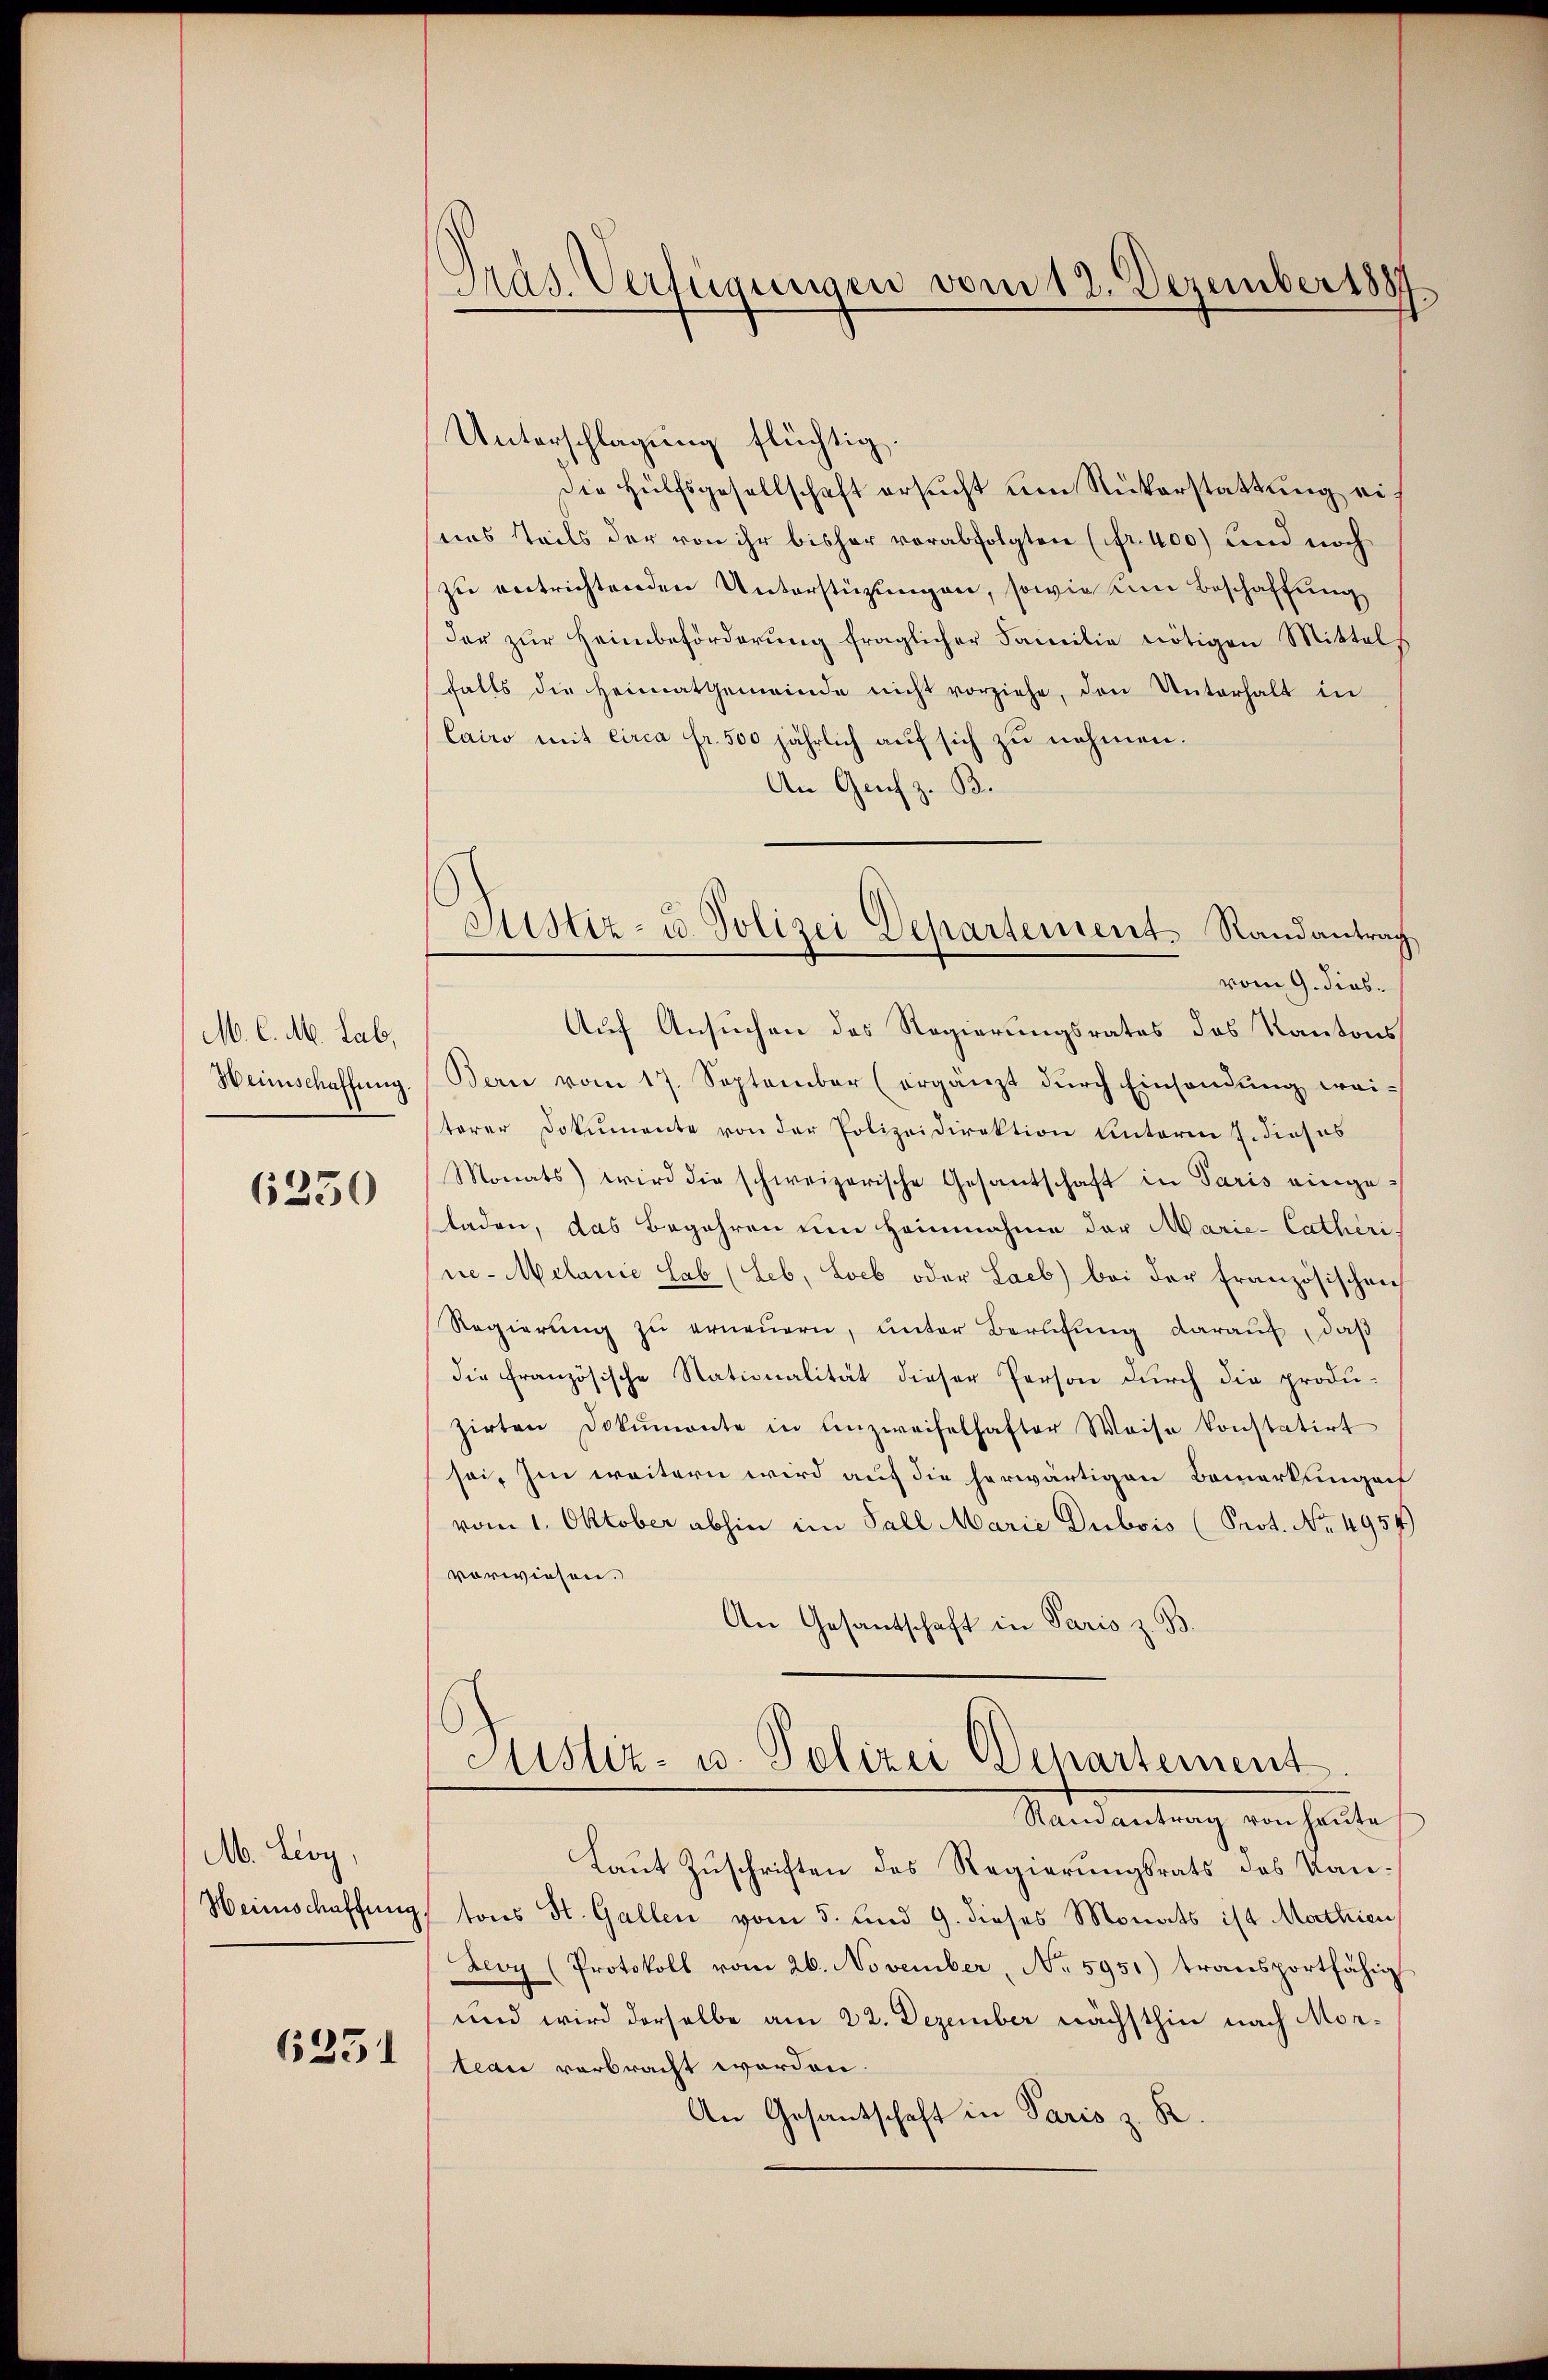
M. C. M. Lab,
Weinschaffung.

6250

M. Leoy,
Heinschaffung

625

Pras. Verfügungen vom 12. Dezember 1887

Justiz- u. Polizei Departement. Randantrag
vom 9. dies

Unterschlagung flüchtig.
die Hülfsgesellschaft ersucht um Rükerstattung eines Teils der von ihr bisher vorabfolgten (fr. 400) und noch
zu entrichtenden Unterstüzungen, sowie um Beschaffung
der zŭr Heimbeförderŭng fraglicher Familie nötigen Mittels
falls die Heimatgemeinde nicht vorziehe, den Unterhalt in
Cairo mit circa fr. 500 jährlich auf sich zu nehmen.
An Genf z. B.
Auf Ansuchen des Regierungsrates des Kantons
Bern vom 17. September (orgänzt durch Einsendung weiterer Dokumente von der Polizeidirektion Unterei J. dieses
Monats) wird die schweizerische Gesantschaft in Paris eingeladen, das Begehren ein Heinnahme der Marie-Catherine-Melanie Hab (Leb, Loeb oder Laeb) bei der Französischen
Regierung zu erneuern, unter Berufung darauf, daß
die französische Stationalität dieser Person durch die produzirten Dokumonte in Unzweifelhafter Weise konstatirt
sei. Im weitern wird auf die herwärtigen Bemerkungen
vom 1. Oktober abhin im Fall Marie Dubois (Prot. No. 4954)
vorwiesen.
An Gesantschaft in Paris z. B.
Sistiz- u. Polizei Departement
Randantrag von heute
Laut Zuschriften des Regierungsrats des Kantons St. Gallen vom 5. und 9. dieses Monats ist Mathien
Lloy (Protokoll vom 26. November, No 5951) transportfähig
und wird derselbe am 22. Dezember nächsthin nach Mortean verbracht worden.
An Gesantschaft in Paris z. R.